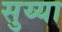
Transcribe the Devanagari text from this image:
सुय्या